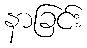
နာခြင်း